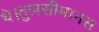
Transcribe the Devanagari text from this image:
थे।तुलसीमानस